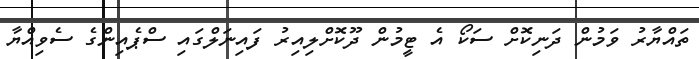
ތައްޔާރު ވަމުން ދަނިކޮށް ސަކޯ އެ ޓީމުން ދޫކޮށްލިއިރު ފައިނަލްގައި ސްޕެއިންގެ ސެވިއްޔާ